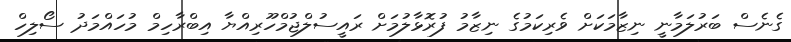
ގެނެސް ބަރުލަމާނީ ނިޒާމަކަށް ވެރިކަމުގެ ނިޒާމު ފުރޮޅާލުމަށް ރަައީސުލްޖުމްހޫރިއްޔާ އިބްރާހިމް މުހައްމަދު ސޯލިހް